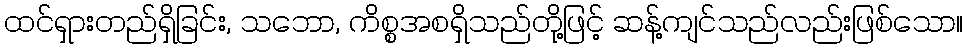
ထင်ရှားတည်ရှိခြင်း, သဘော, ကိစ္စအစရှိသည်တို့ဖြင့် ဆန့်ကျင်သည်လည်းဖြစ်သော။